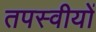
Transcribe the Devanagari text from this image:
तपस्वीयों